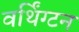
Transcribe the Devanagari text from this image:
वर्थिंग्टन